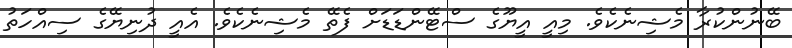
ބޭނުންކުރާ މެޝިނެކެވެ. މިއީ އީޔޫގެ ސްޓޭންޑަޑަށް ފެތޭ މެޝިނެކެވެ. އެއީ ދުނިޔޭގެ ސިއްހަތު